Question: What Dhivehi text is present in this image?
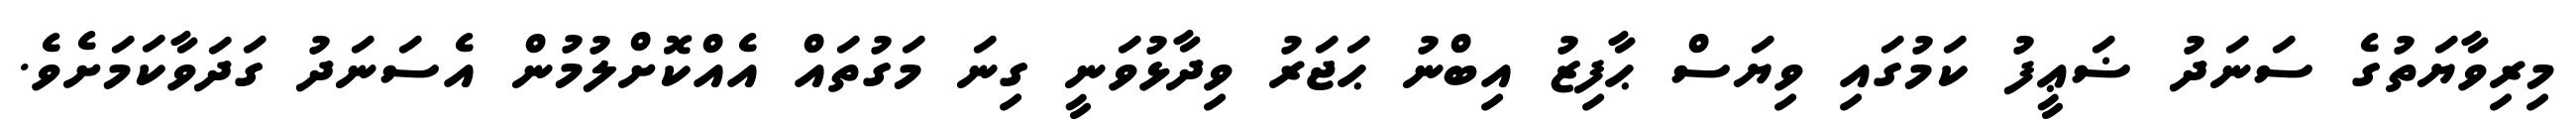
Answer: މިރިވާޔަތުގެ ސަނަދު ޟަޢީފު ކަމުގައި ވިޔަސް ޙާފިޒު އިބްނު ޙަޖަރު ވިދާޅުވަނީ ގިނަ މަގުތައް އެއްކޮށްލުމުން އެސަނަދު ގަދަވާކަމަށެވެ.